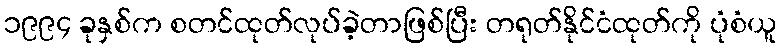
၁၉၉၄ ခုနှစ်က စတင်ထုတ်လုပ်ခဲ့တာဖြစ်ပြီး တရုတ်နိုင်ငံထုတ်ကို ပုံစံယူ